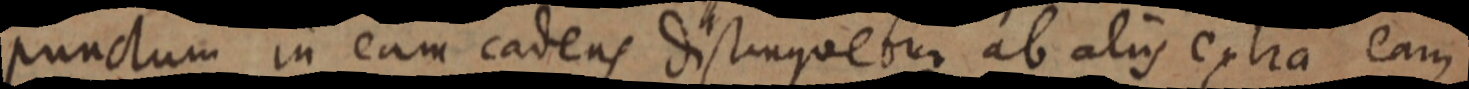
punctum in eam cadens distinquebur ab aliis extra eam